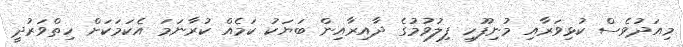
މިއަދުވެސް ކުޅިވަރާއި މުނިފޫހި ފިލުވުމުގެ ދާއިރާއިން ބަޔަކު ކަމެއް ކުރާނަމަ އެކަމަކަށް ހިތްވަރުދީ